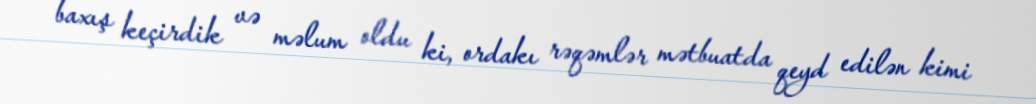
baxış keçirdik və məlum oldu ki, ordakı rəqəmlər mətbuatda qeyd edilən kimi